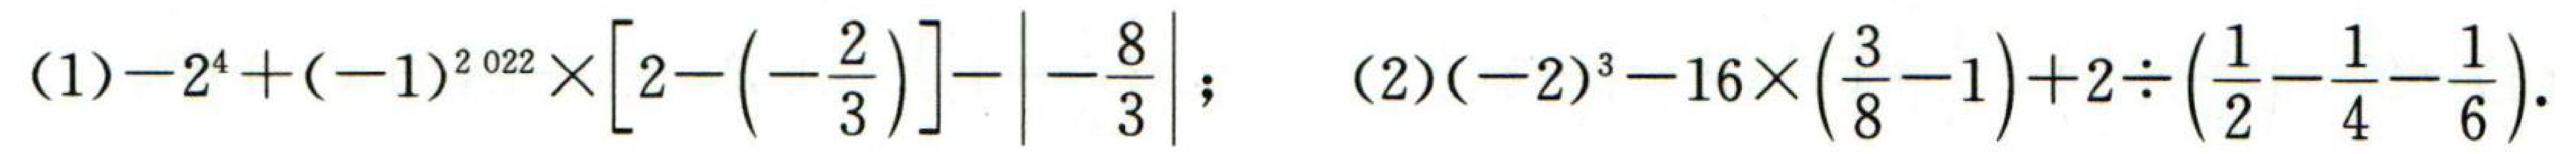
(1) \(-2^{4}+(-1)^{2022}\times\left[2 - \left(-\frac{2}{3}\right)\right]-\left|-\frac{8}{3}\right|\); (2) \((-2)^{3}-16\times\left(\frac{3}{8}-1\right)+2\div\left(\frac{1}{2}-\frac{1}{4}-\frac{1}{6}\right)\)